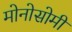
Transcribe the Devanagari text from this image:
मोनोसोमी